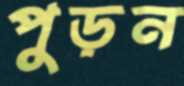
পুড়ন